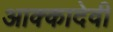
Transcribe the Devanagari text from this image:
आक्कादेवी